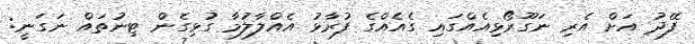
ފޭދު އަށް އެރި ނަގޫރޯޅިއެއްގައި ގެއެއްގެ ފުރާޅު އެއްލާލުމާ ގުޅިގެން ޓިނުތައް ނަގަނީ: